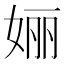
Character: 㛤